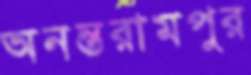
অনন্তরামপুর